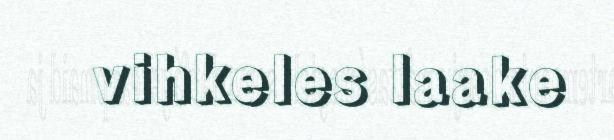
vihkeles laake